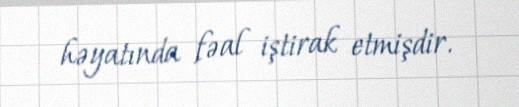
həyatında fəal iştirak etmişdir.